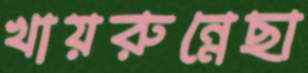
খায়রুন্নেছা